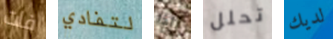
فات لتفادي إذا تحلل لديك